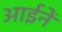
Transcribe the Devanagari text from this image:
आईनें